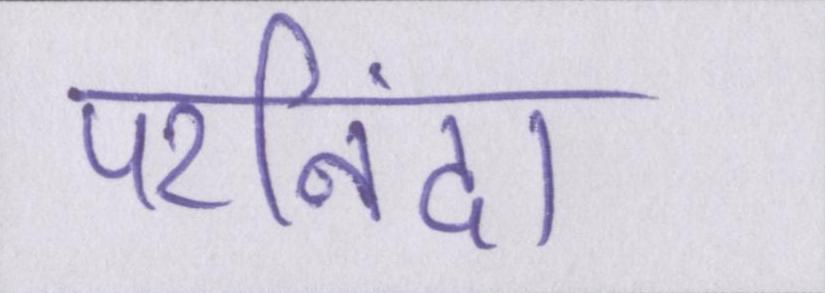
परनिंदा